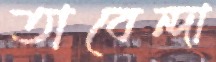
তাবেন্দা